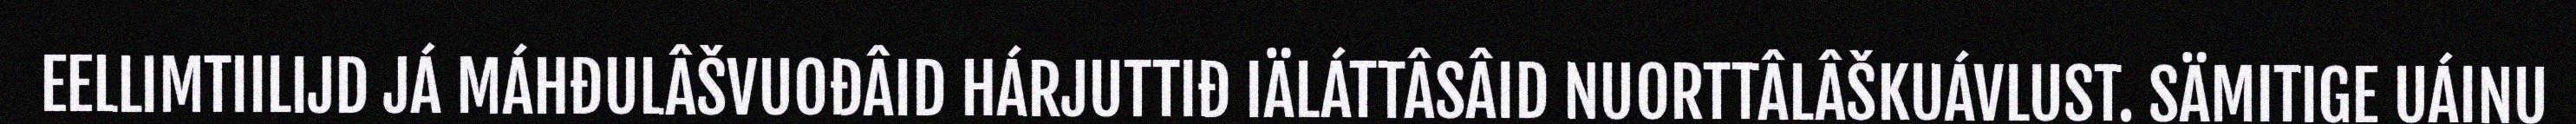
EELLIMTIILIJD JÁ MÁHĐULÂŠVUOĐÂID HÁRJUTTIĐ IÄLÁTTÂSÂID NUORTTÂLÂŠKUÁVLUST. SÄMITIGE UÁINU